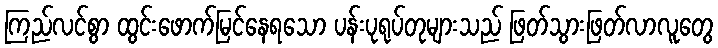
ကြည်လင်စွာ ထွင်းဖောက်မြင်နေရသော ပန်းပုရုပ်တုများသည် ဖြတ်သွားဖြတ်လာလူတွေ